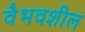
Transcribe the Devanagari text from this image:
वैभवशील